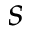
s